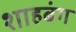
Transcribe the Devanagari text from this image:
शाहबंग